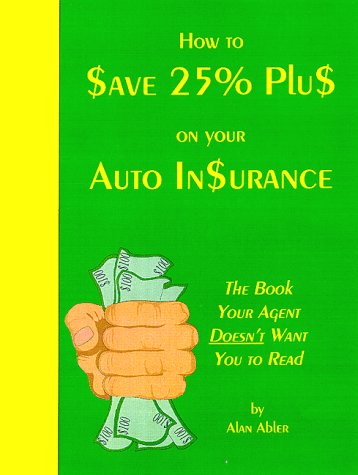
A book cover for How to Save 25% Plus on Your Auto Insurance; Alan Abler; Engineering & Transportation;